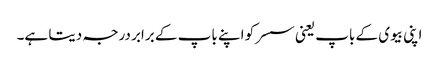
اپنی بیوی کے باپ یعنی سسر کو اپنے باپ کے برابر درجہ دیتا ہے۔